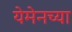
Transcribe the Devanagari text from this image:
येमेनच्या